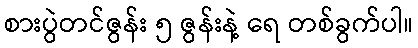
စားပွဲတင်ဇွန်း ၅ ဇွန်းနဲ့ ရေ တစ်ခွက်ပါ။